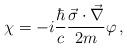
LaTeX: \begin{align*}\chi=-i\frac{\hbar}{c}\frac{\vec{\sigma}\cdot\vec{\nabla}}{2m}\varphi\,{,}\end{align*}